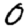
Digit: 0